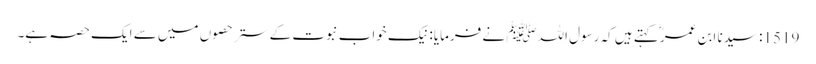
1519: سیدنا ابن عمرؓ کہتے ہیں کہ رسول اللہﷺ نے فرمایا: نیک خواب نبوت کے ستر حصوں میں سے ایک حصہ ہے۔